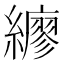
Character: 𦆲